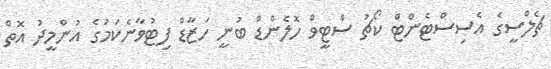
ޗެލްސީގެ އެސިސްޓެންޓް ކޯޗު ސްޓީވް ހޮލެންޑް ބުނީ ހަޒާޑް ފިޓުވާނެކަމުގެ އުންމީދު އޮތް